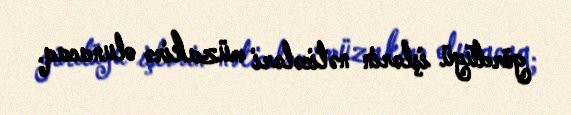
gördüyü işlərin nəticələri müzakirə olunacaq.